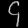
Digit: ၄